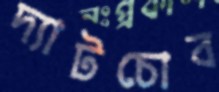
দ্যাটচোব